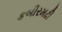
કબીરમઢી